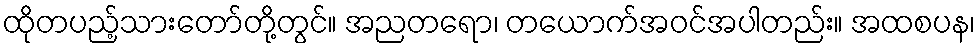
ထိုတပည့်သားတော်တို့တွင်။ အညတရော၊ တယောက်အဝင်အပါတည်း။ အထစပန၊